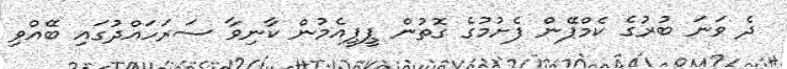
ދެ ވަނަ ބުރުގެ ކެމްޕޭން ފެށުމުގެ ގޮތުން ޕީޕީއެމުން ކާނިވާ ސަރަހައްދުގައި ބޭއްވި